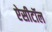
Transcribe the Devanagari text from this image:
ऐसीटॉल